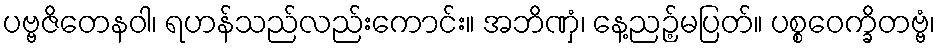
ပဗ္ဗဇိတေနဝါ၊ ရဟန်သည်လည်းကောင်း။ အဘိဏှံ၊ နေ့ညဉ့်မပြတ်။ ပစ္စဝေက္ခိတဗ္ဗံ၊